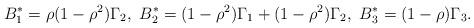
LaTeX: \begin{align*}B_1^*&=\rho(1-\rho^2)\Gamma_2,\ B_2^*=(1-\rho^2)\Gamma_1+(1-\rho^2)\Gamma_2,\ B_3^*=(1-\rho)\Gamma_3.\end{align*}